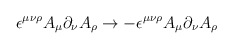
\begin{align*}\epsilon^{\mu\nu\rho}A_\mu \partial_\nu A_\rho\to - \epsilon^{\mu\nu\rho}A_\mu\partial_\nu A_\rho\end{align*}